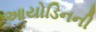
આયોડિનની